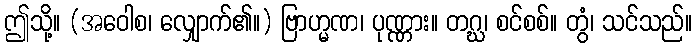
ဤသို့။ (အဝေါစ၊ လျှောက်၏။) ဗြာဟ္မဏ၊ ပုဏ္ဏား။ တဂ္ဃ၊ စင်စစ်။ တွံ၊ သင်သည်။